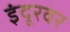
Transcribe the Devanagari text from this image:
इंदूरवर